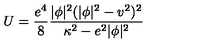
U = \frac { e ^ { 4 } } 8 \frac { | \phi | ^ { 2 } ( | \phi | ^ { 2 } - v ^ { 2 } ) ^ { 2 } } { { \kappa ^ { 2 } } - e ^ { 2 } | \phi | ^ { 2 } }